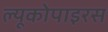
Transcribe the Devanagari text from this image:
ल्यूकोपाइरस